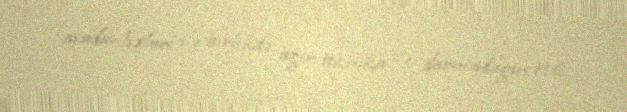
avadanlıqları ilə birlikdə ağır texnika ilə darmadağın etdi.